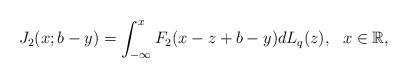
LaTeX: \begin{align*}J_2(x;b-y)=\int_{-\infty}^{x}F_2(x-z+b-y)d L_{q}(z), \ \ x \in \mathbb R,\end{align*}